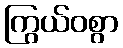
ကြွယ်ဝစွာ